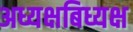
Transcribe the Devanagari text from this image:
अध्यक्षबिध्यक्ष